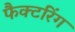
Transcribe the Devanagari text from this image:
फैक्टरिंग